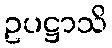
ဥပဋ္ဌာသိ